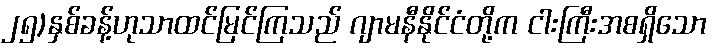
၂၅)နှစ်ခန့်ဟုသာထင်မြင်ကြသည် ဂျာမနီနိုင်ငံတို့က ငါးကြီးအစရှိသော